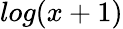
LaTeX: log(x+1)